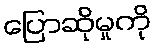
ပြောဆိုမှုကို